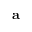
\mathbf { a }